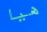
هيا